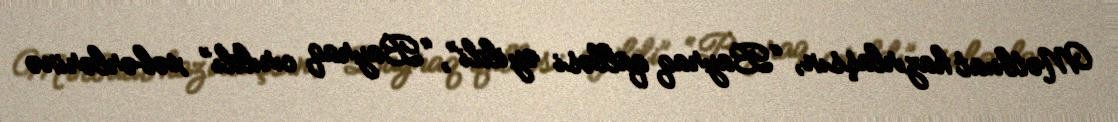
Mətbuat hazırlaşsın, “Bayraq qülləsi əyildi”, “Bayraq cırıldı” xəbərlərinə